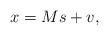
LaTeX: \begin{align*}x=M s+v,\end{align*}